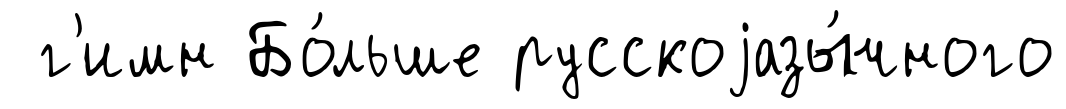
г'имн Бо́льше русскоjазы́чного